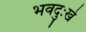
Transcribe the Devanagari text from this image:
भवदुःखे